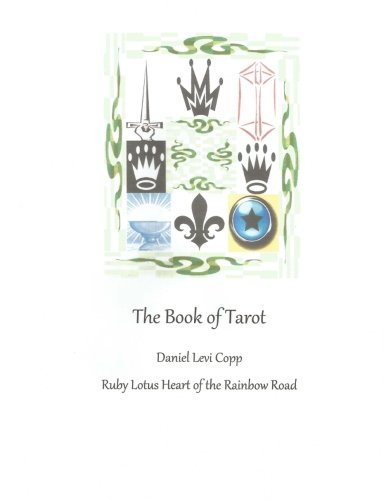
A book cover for The Book of Tarot; Daniel Levi Copp; Religion & Spirituality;